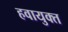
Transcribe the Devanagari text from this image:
हवायुक्त